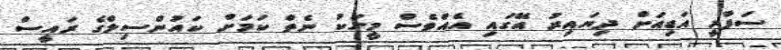
ސަފާރީ އަޑިއަށް ދިޔައިރު އޭގައި އެއްވެސް މީހަކު ނެތް ކަމަށް ކައުންސިލްގެ ރައީސް